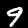
Digit: 9